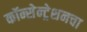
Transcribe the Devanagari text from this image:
कॉन्सेन्ट्रेशनचा